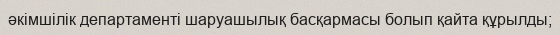
әкімшілік департаменті шаруашылық басқармасы болып қайта құрылды;